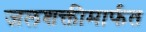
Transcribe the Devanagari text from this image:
जलशक्तीमार्फत